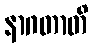
နာဂတာတိ